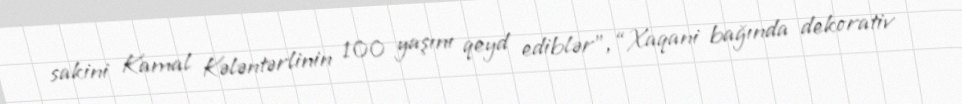
sakini Kamal Kələntərlinin 100 yaşını qeyd ediblər”, “Xaqani bağında dekorativ